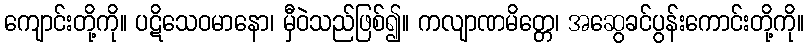
ကျောင်းတို့ကို။ ပဋိသေဝမာနော၊ မှီဝဲသည်ဖြစ်၍။ ကလျာဏမိတ္တေ၊ အဆွေခင်ပွန်းကောင်းတို့ကို။